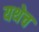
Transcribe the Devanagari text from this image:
यथेच